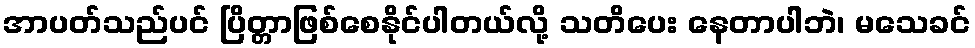
အာပတ်သည်ပင် ပြိတ္တာဖြစ်စေနိုင်ပါတယ်လို့ သတိပေး နေတာပါဘဲ၊ မသေခင်